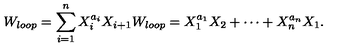
W _ { l o o p } = \sum _ { i = 1 } ^ { n } { X _ { i } ^ { a _ { i } } X _ { i + 1 } } W _ { l o o p } = X _ { 1 } ^ { a _ { 1 } } X _ { 2 } + \cdots + X _ { n } ^ { a _ { n } } X _ { 1 } .